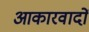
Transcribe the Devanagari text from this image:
आकारवादों